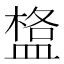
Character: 𥂌